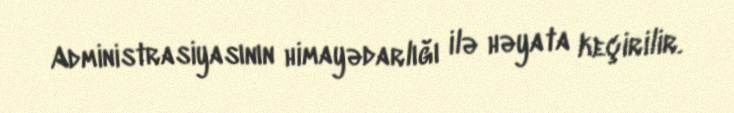
Administrasiyasının himayədarlığı ilə həyata keçirilir.